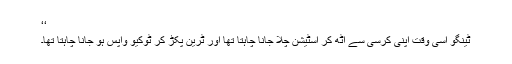
‘‘
ٹینگو اسی وقت اپنی کرسی سے اٹھ کر اسٹیشن چلا جانا چاہتا تھا اور ٹرین پکڑ کر ٹوکیو واپس ہو جانا چاہتا تھا۔